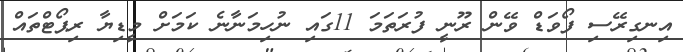
އިނގިރޭސި ފޯވަޑް ވޭން ރޫނީ ފުރަތަމަ 11ގައި ނުހިމަނާނެ ކަމަށް މީޑިޔާ ރިޕޯޓްތައް